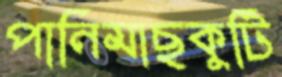
পানিমাছকুটি